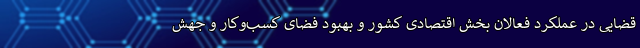
قضایی در عملکرد فعالان بخش اقتصادی کشور و بهبود فضای کسب‌وکار و جهش